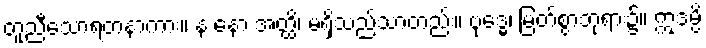
တူညီသောရတနာကား။ န နော အတ္ထိ၊ မရှိသည်သာတည်း။ ဗုဒ္ဓေ၊ မြတ်စွာဘုရား၌။ ဣဒမ္ပိ